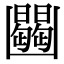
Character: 𠚠